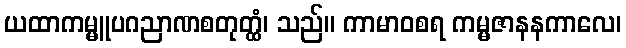
ယထာကမ္မူပဂညာဏစတုတ္ထံ၊ သည်။ ကာမာဝစရ ကမ္မဇာနနကာလေ၊